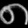
Digit: ၈